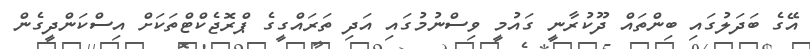
އޭގެ ބަދަލުގައި ބިންތައް ދޫކުރާނީ ގައުމީ ވިސްނުމުގައި އަދި ތަރައްގީގެ ޕްރޮޖެކްޓްތަކަށް އިސްކަންދީގެން